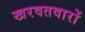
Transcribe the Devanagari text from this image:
खरवतवारों